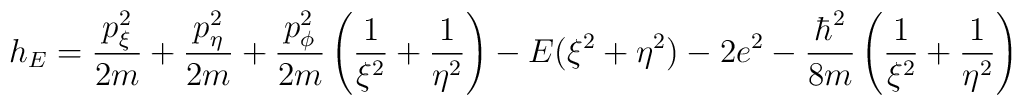
h_E  = \frac{p^2_{\xi}}{2m} +\frac{p^2_\eta}{2m}+\frac{p^2_{\phi}}{2m} \left(\frac{1}{\xi^2} + \frac{1}{\eta^2}\right) - E(\xi^2 + \eta ^2) - 2e^2 -\frac{\hbar^2}{8m} \left(\frac{1}{\xi^2}  +\frac{1}{\eta^2} \right)